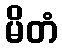
မိတံ